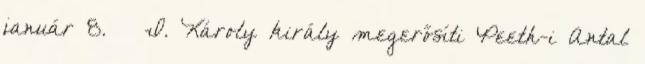
január 8. – I. Károly király megerősíti Peeth-i Antal